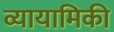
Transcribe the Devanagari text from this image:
व्यायामिकी